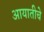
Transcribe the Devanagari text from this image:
आयातीचे